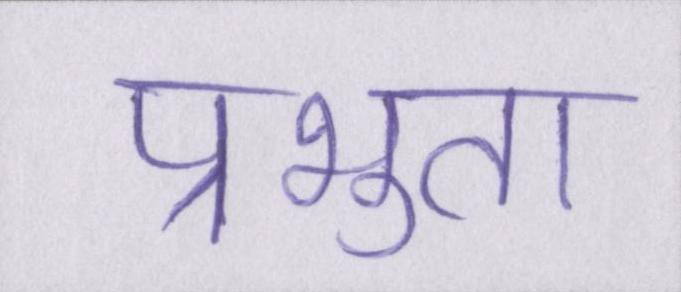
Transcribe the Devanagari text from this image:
प्रभुता